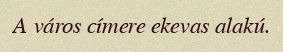
A város címere ekevas alakú.